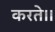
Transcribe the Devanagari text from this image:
करते।।